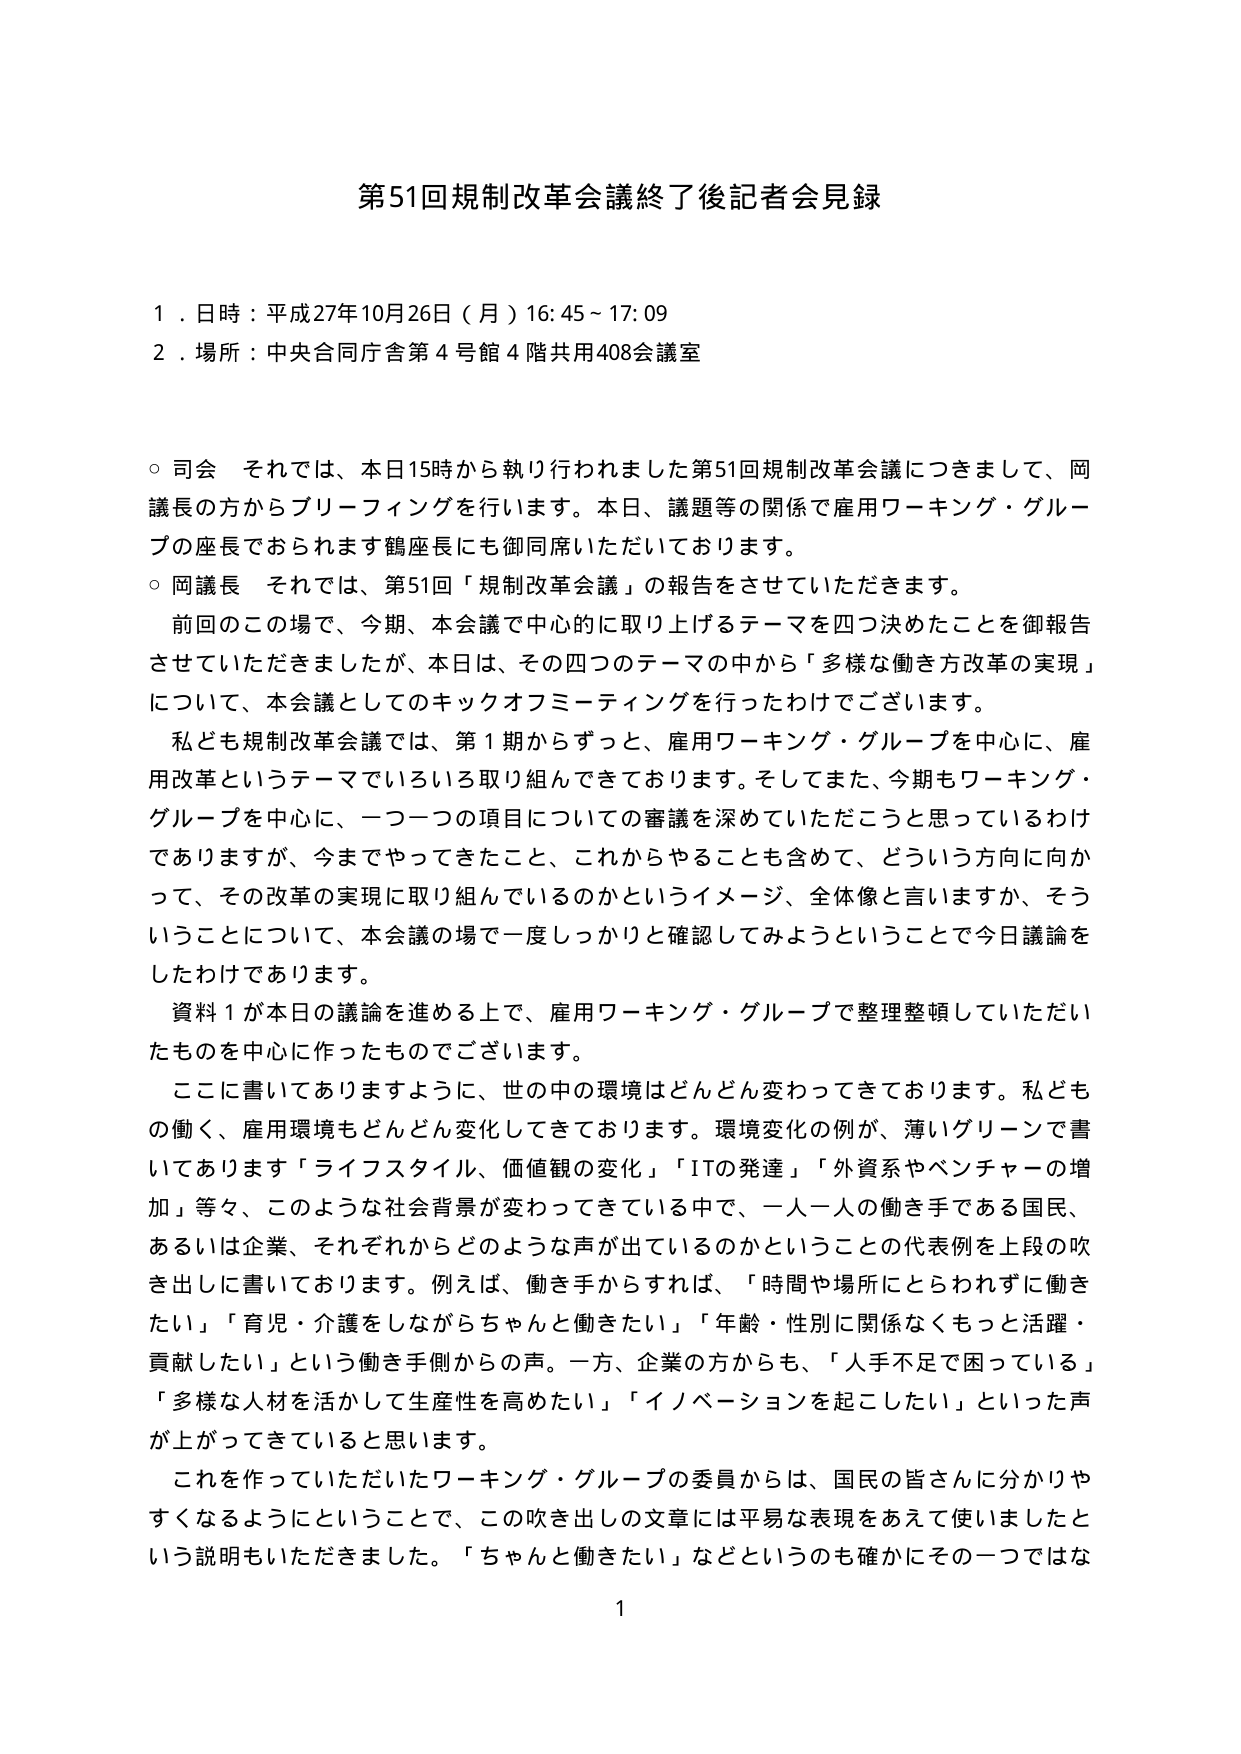
第51回規制改革会議終了後記者会見録

１．日時：平成27年10月26日（月）16:45～17:09
２．場所：中央合同庁舎第4号館4階共用408会議室

○ 司会　それでは、本日15時から執り行われました第51回規制改革会議につきまして、岡議長の方からブリーフィングを行います。本日、議題等の関係で雇用ワーキング・グループの座長でおられます鶴座長にも御同席いただいております。

○ 岡議長　それでは、第51回「規制改革会議」の報告をさせていただきます。

　前回のこの場で、今期、本会議で中心的に取り上げるテーマを四つ決めたことを御報告させていただきましたが、本日は、その四つのテーマの中から「多様な働き方改革の実現」について、本会議としてのキックオフミーティングを行ったわけでございます。

　私ども規制改革会議では、第1期からずっと、雇用ワーキング・グループを中心に、雇用改革というテーマでいろいろ取り組んできておりまして。そしてまた、今期もワーキング・グループを中心に、一つ一つの項目についての審議を深めていただこうと思っているわけでありますが、今までやってきたこと、これからやることも含めて、どういう方向に向かって、その改革の実現に取り組んでいるのかというイメージ、全体像と言いますか、そういうことについて、本会議の場で一度しっかりと確認してみようということで今日議論をしたわけであります。

　資料1が本日の議論を進める上で、雇用ワーキング・グループで整理整頓していただいたものを中心に作ったものでございます。

　ここに書いてありますように、世の中の環境はどんどん変わってきております。私どもの働く、雇用環境もどんどん変化してきております。環境変化の例が、薄いグリーンで書いてあります「ライフスタイル、価値観の変化」「ITの発達」「外資系やベンチャーの増加」等々、このような社会背景が変わってきている中で、一人一人の働き手である国民、あるいは企業、それぞれからどのような声が出ているのかということの代表例を上段の吹き出しに書いております。例えば、働き手からすれば、「時間や場所にとらわれずに働きたい」「育児・介護をしながらちゃんと働きたい」「年齢・性別に関係なくもっと活躍・貢献したい」という働き手側からの声。一方、企業の方からも、「人手不足で困っている」「多様な人材を活かして生産性を高めたい」「イノベーションを起こしたい」といった声が上がってきてていると思います。

　これを作っていたいただいたワーキング・グループの委員からは、国民の皆さんに分かりやすくなるようにということで、この吹き出しの文章には平易な表現をあえて使いましたという説明もいただきました。「ちゃんと働きたい」などというのも確かにその一つではな

1